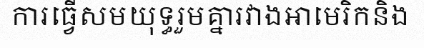
ការធ្វើសមយុទ្ធរួមគ្នារវាងអាមេរិកនិង